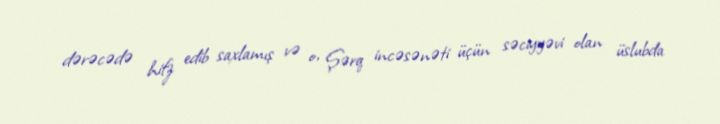
dərəcədə hifz edib saxlamış və o, Şərq incəsənəti üçün səciyyəvi olan üslubda